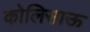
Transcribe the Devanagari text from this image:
कोलिसाऊ